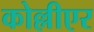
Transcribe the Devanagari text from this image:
कोल्लीएर